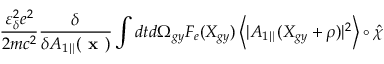
\frac { \varepsilon _ { \delta } ^ { 2 } e ^ { 2 } } { 2 m c ^ { 2 } } \frac { \delta } { \delta A _ { 1 \parallel } ( \textbf { x } ) } \int d t d \Omega _ { g y } F _ { e } ( X _ { g y } ) \left\langle | { A } _ { 1 \parallel } ( X _ { g y } + \rho ) | ^ { 2 } \right\rangle \circ \hat { \chi }